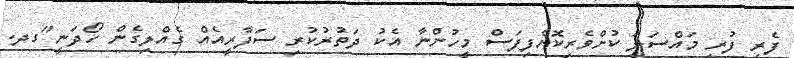
ފެރީ ފުރި މައްސަލަ ކުށްވެރިކޮށްފިފަސް މީހުންނާ އެކު ދަތުރުކުރި ސަފާރީއެއް ގެއްލިގެން ހޯދަނީ"ގދ.